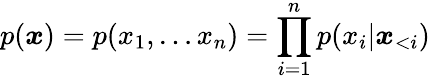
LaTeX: p(\boldsymbol{x})=p(x_{1},\dots x_{n})=\prod_{i=1}^{n}p(x_{i}|\boldsymbol{x}_{<i})